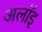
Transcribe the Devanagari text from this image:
अलॉइ